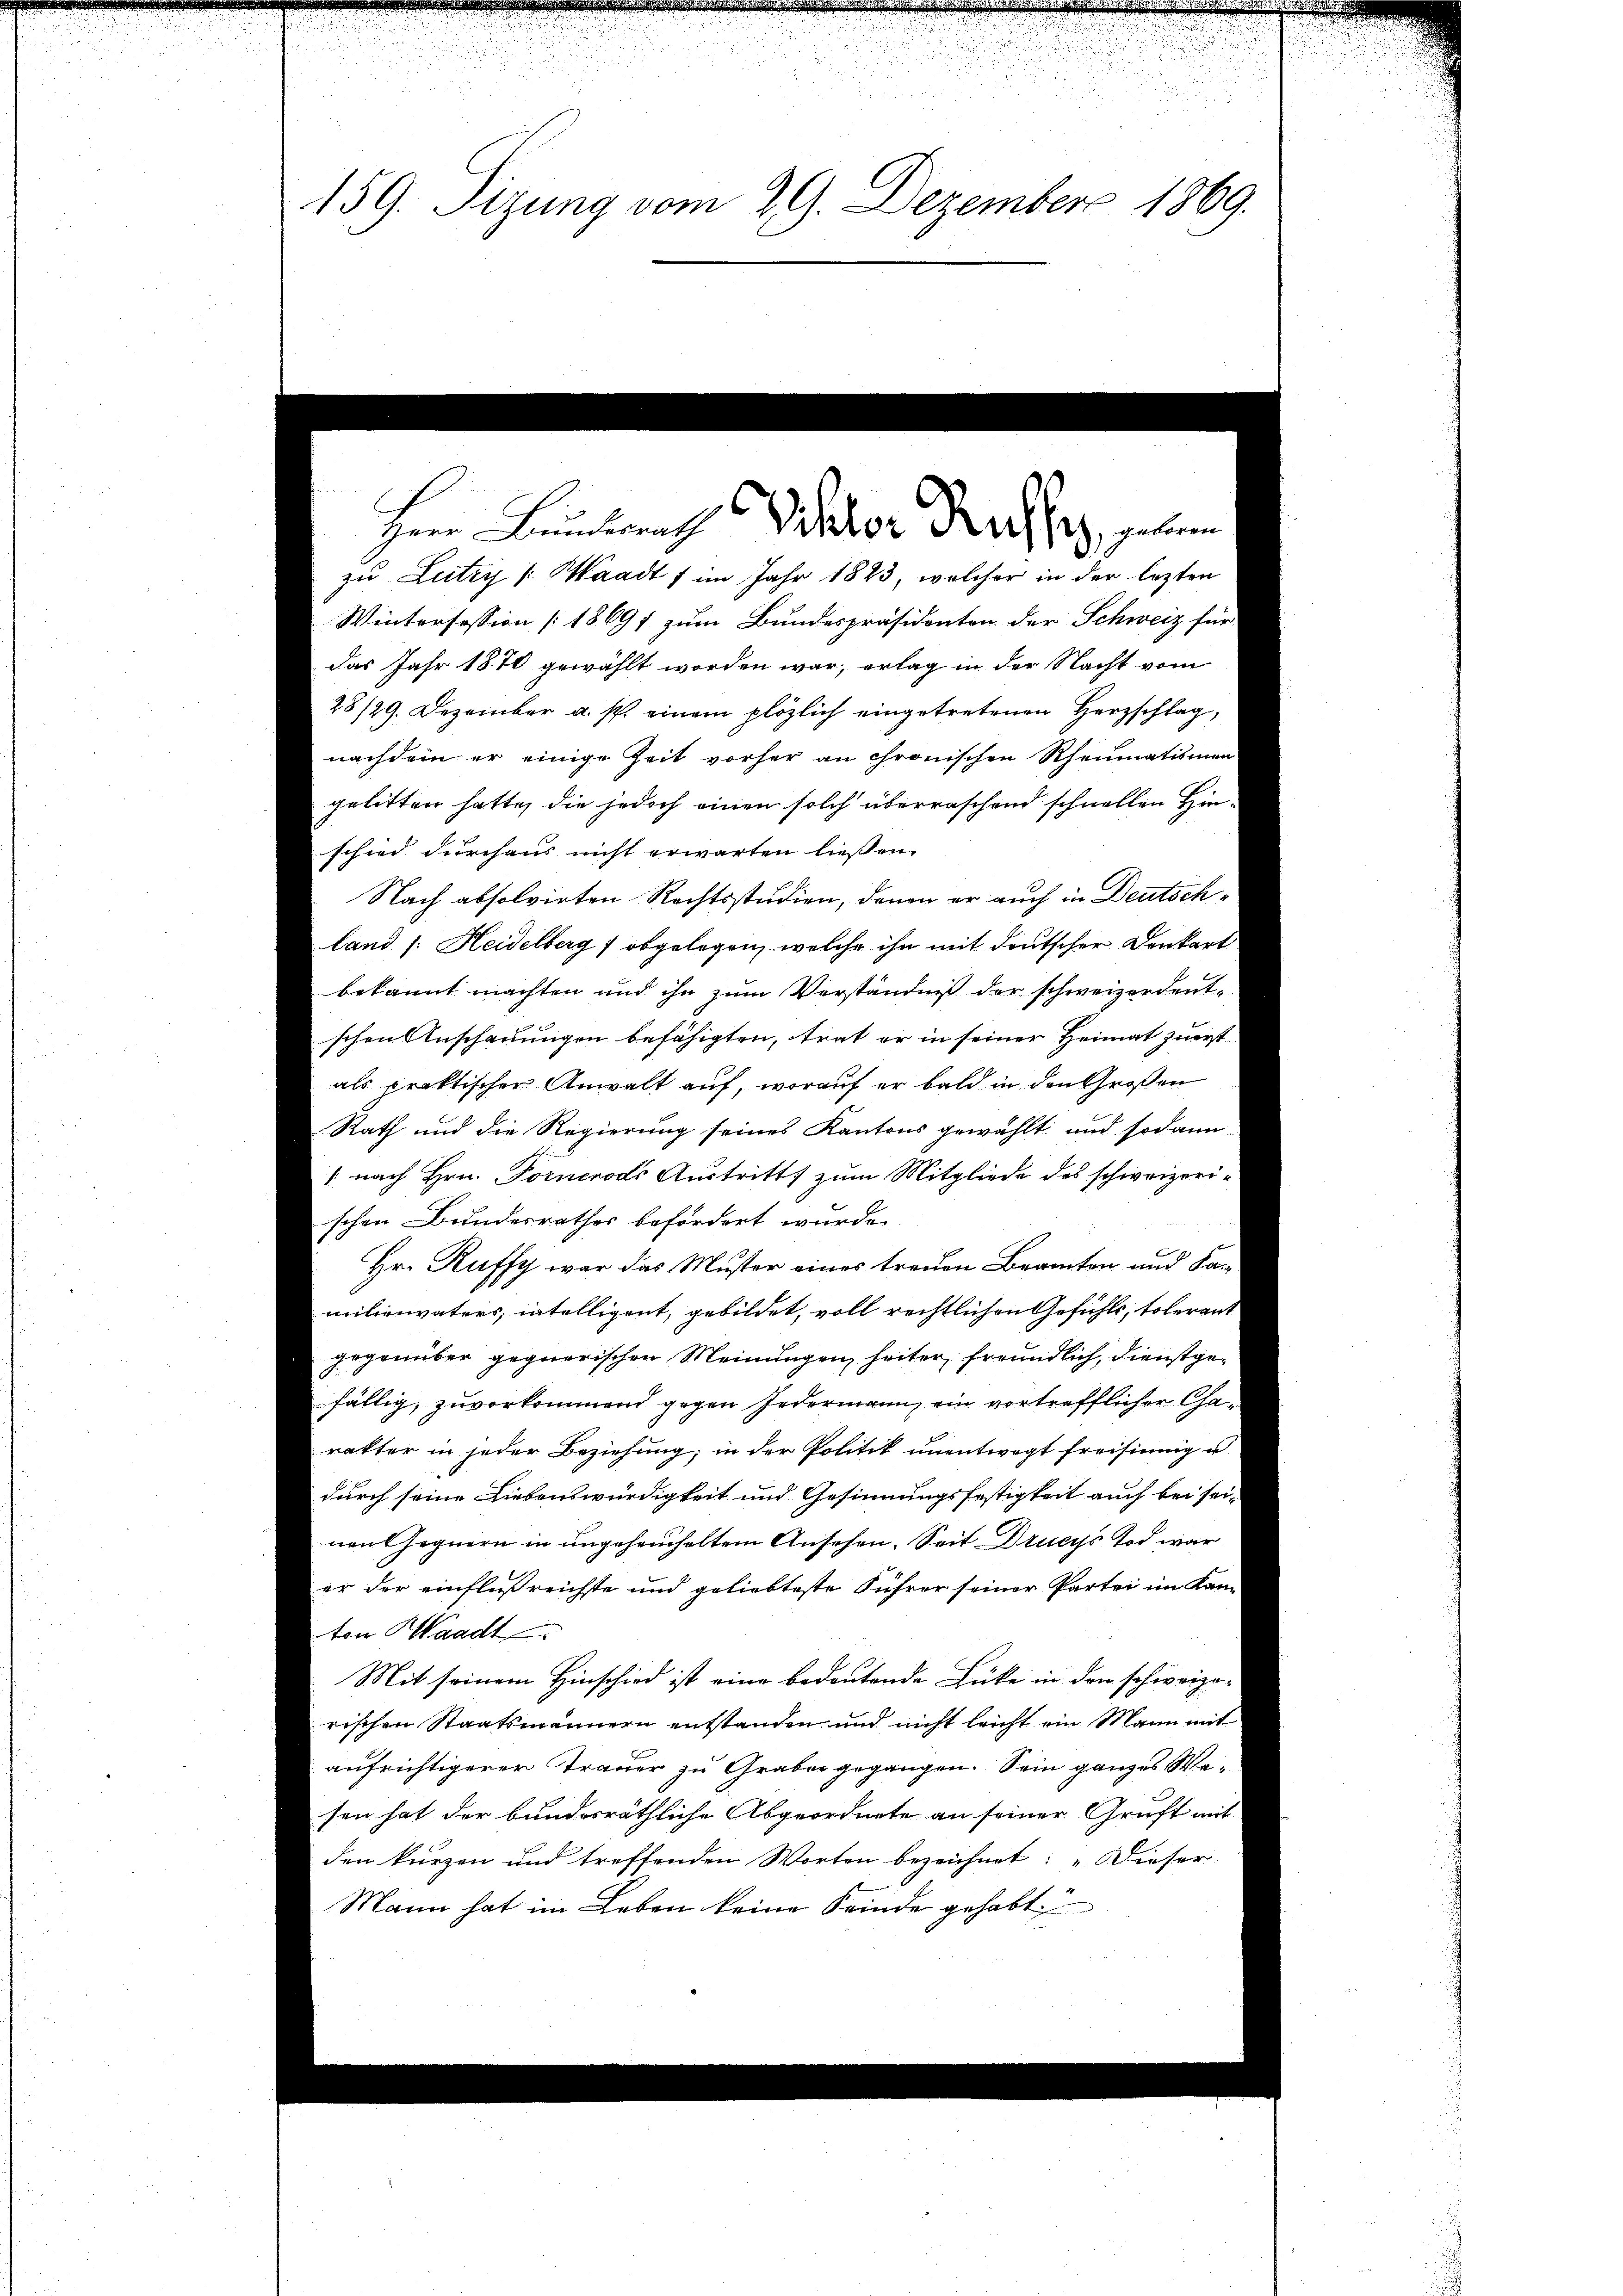
2
159. Sizung vom 29. Dezember 1869.

Heren Bunderrath Weber Nachsen, gele

zu Lutry (Waadt f im Jahr 1823, welcher in der lezten
Wintersession [18697 zum Bundespräsidenten der Schweiz für
das Jahr 1870 gewählt worden war, erlag in der Nacht vom
Nach absolvirten Rechtsstudien, denen er auch in Deutschland (: Heidelberg obgelegen, welche ihn mit deutscher Denkart
bekannt machten und ihn zum Verständniß der schweizerdentschen Anschauungen befähigten, trat er in seiner Heimat zuerst
als praktischer Anwalt auf, worauf er bald in den Großen
Rath und die Regierung seines Kantons gewählt und sodann
[ nach Hrn. Pornerods Austritt zum Mitgliede des schweizerischen Bundesrathes befördert wurde.
Hr. Ruffy war das Muster eines treuen Beamten und Samilienvaters, intelligent, gebildet, voll rechtlichen Gefühls, tolerangegenüber gegnerischen Meinungen heiter, freundlich, dienstgefällig, zuvorkommend gegen Jedermann, ein vortrefflicher Cha
rakter in jeder Beziehung; in der Politik unentwogt freisinnig a
durch seine Liebenswürdigkeit und Gesinnungsfestigkeit auch bei sei-
nen Gegnern in ungeheucheltem Ansehen. Seit Druchs Tod war
er der einflußreichste und geliebteste Führer seiner Partei im Kanton Waadt
Mit seinem Hinschied ist eine bedeutende Lücke in den schweize
rischen Staatsmännern entstanden und nicht leicht ein Mann mit
aufrichtigerer Trauer zu Graber gegangen. Sein ganzes Wesen hat der bundesräthliche Abgeordnete an seiner Gruft mit
den kurzen und treffenden Worten bezeichnet: „Dieser
Mann hat im Leben keine Feinde gehabt

28/29. Dezember a. s. einem plözlich eingetretenen Herzschlag,
nachdem er einige Zeit vorher an chronischen Rheumatismen
gelitten hatte, die jedoch einen solch überraschend schnellen Ein
schied durchaus nicht erwarten ließen.